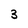
Character: 3